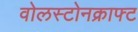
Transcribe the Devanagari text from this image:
वोलस्टोनक्राफ्ट